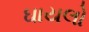
ઘાયલો